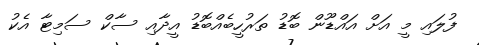
ފުލައި މީ އަށް އައްޑޫން ބޮޑު ތަރުހީބެއްބޮޑު އީދާއި ސާކް ސަމިޓާ އެކު